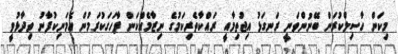
މިކަން ހާސިލްކުރަން ބޭނުންވަނީ ރަނގަޅު އިޖުތިމާއީ ރައްކާތެރިކަމުގެ ނިޒާމެއްކަން ފާހަގަކުރަމުން އެމަނިކުފާނު ވިދާޅުވީ